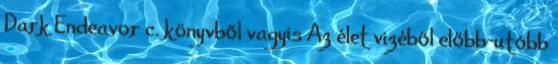
Dark Endeavor c. könyvből vagyis Az élet vizéből előbb-utóbb